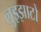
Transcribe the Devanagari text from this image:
लुझ्झाटो